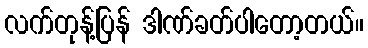
လက်တုန့်ပြန် ဒါဏ်ခတ်ပါတော့တယ်။